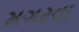
મગરવા